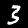
Digit: 3